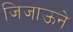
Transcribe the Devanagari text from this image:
जिजाऊने